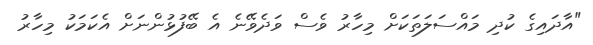
"އާދައިގެ ކުދި މައްސަލަތަކަށް މިހާރު ވެސް ވަދެވޭނެ އެ ބޭފުޅުންނަށް އެކަމަކު މިހާރު